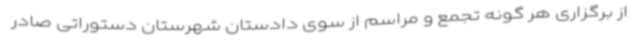
از برگزاری هر گونه تجمع و مراسم از سوی دادستان شهرستان دستوراتی صادر